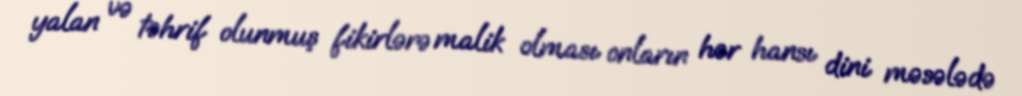
yalan və təhrif olunmuş fikirlərə malik olması onların hər hansı dini məsələdə